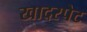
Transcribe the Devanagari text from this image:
खादरपेट